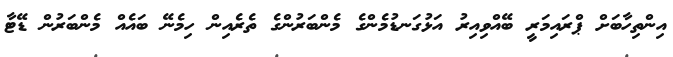
އިންތިހާބަށް ޕްރައިމަރީ ބޭއްވިއިރު އަޅުގަނޑުމެންގެ މެންބަރުންގެ ތެރެއިން ހިމެނޭ ބައެއް މެންބަރުން ޑޭޓާ